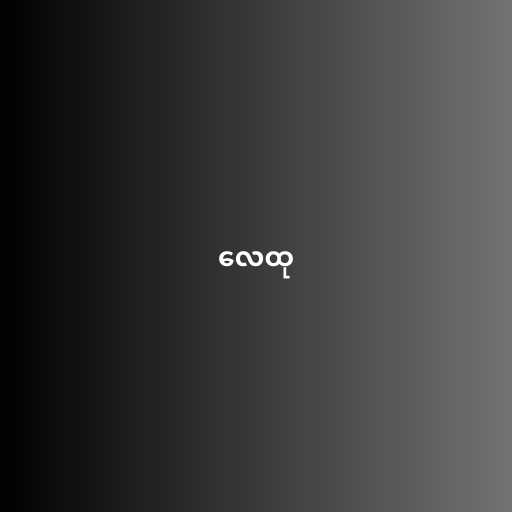
လေထု